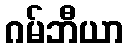
ဂမ်ဘီယာ